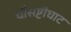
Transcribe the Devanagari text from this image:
चौसष्टीघाट